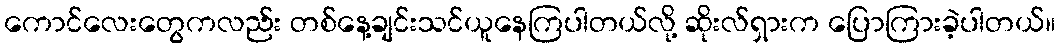
ကောင်လေးတွေကလည်း တစ်နေ့ချင်းသင်ယူနေကြပါတယ်လို့ ဆိုးလ်ရှားက ပြောကြားခဲ့ပါတယ်။